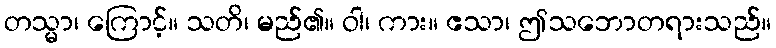
တသ္မာ၊ ကြောင့်။ သတိ၊ မည်၏။ ဝါ၊ ကား။ ဧသာ၊ ဤသဘောတရားသည်။